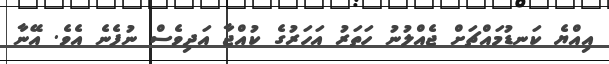
އިއްޔެ ކަނޑުމައްޗަށް ޖެއްލުނު ހަތަރު އަހަރުގެ ކުއްޖާ އަދިވެސް ނުފެނެ އެވެ. އޭނާ